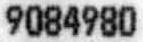
9084980